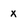
Character: x